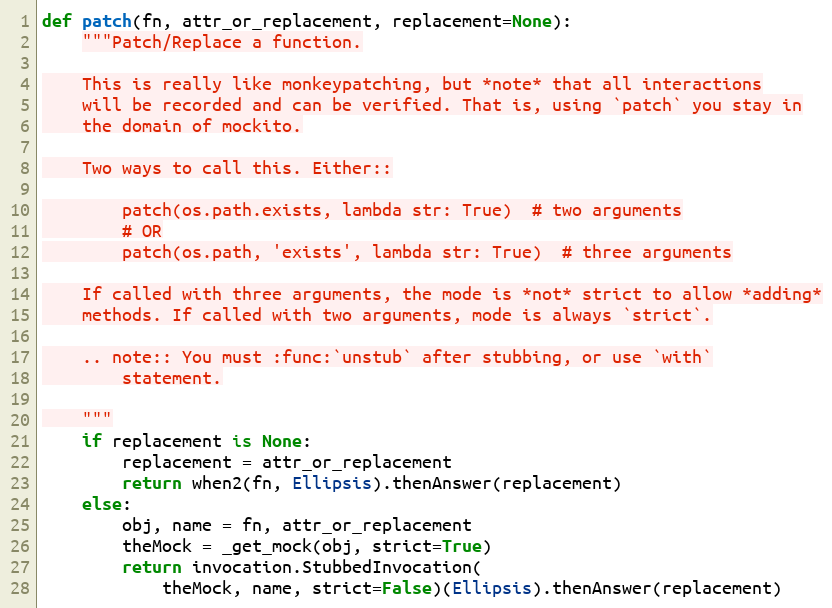
Language: Python
def patch(fn, attr_or_replacement, replacement=None):
    """Patch/Replace a function.

    This is really like monkeypatching, but *note* that all interactions
    will be recorded and can be verified. That is, using `patch` you stay in
    the domain of mockito.

    Two ways to call this. Either::

        patch(os.path.exists, lambda str: True)  # two arguments
        # OR
        patch(os.path, 'exists', lambda str: True)  # three arguments

    If called with three arguments, the mode is *not* strict to allow *adding*
    methods. If called with two arguments, mode is always `strict`.

    .. note:: You must :func:`unstub` after stubbing, or use `with`
        statement.

    """
    if replacement is None:
        replacement = attr_or_replacement
        return when2(fn, Ellipsis).thenAnswer(replacement)
    else:
        obj, name = fn, attr_or_replacement
        theMock = _get_mock(obj, strict=True)
        return invocation.StubbedInvocation(
            theMock, name, strict=False)(Ellipsis).thenAnswer(replacement)